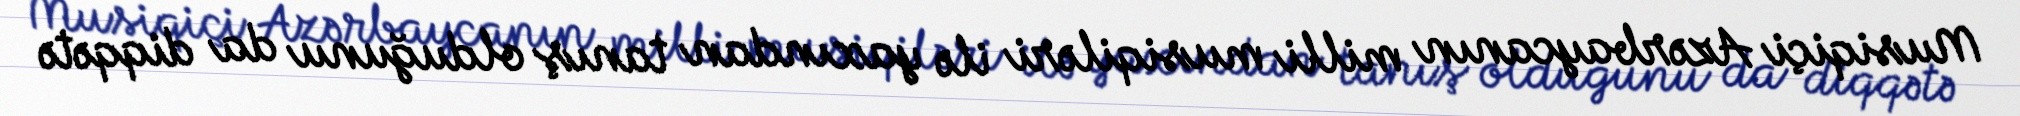
Musiqiçi Azərbaycanın milli musiqiləri ilə yaxından tanış olduğunu da diqqətə